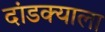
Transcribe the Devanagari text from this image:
दांडक्याला